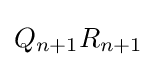
Q_{n+1}R_{n+1}